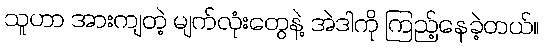
သူဟာ အားကျတဲ့ မျက်လုံးတွေနဲ့ အဲဒါကို ကြည့်နေခဲ့တယ်။